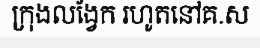
ក្រុងលង្វែក រហូតនៅគ.ស